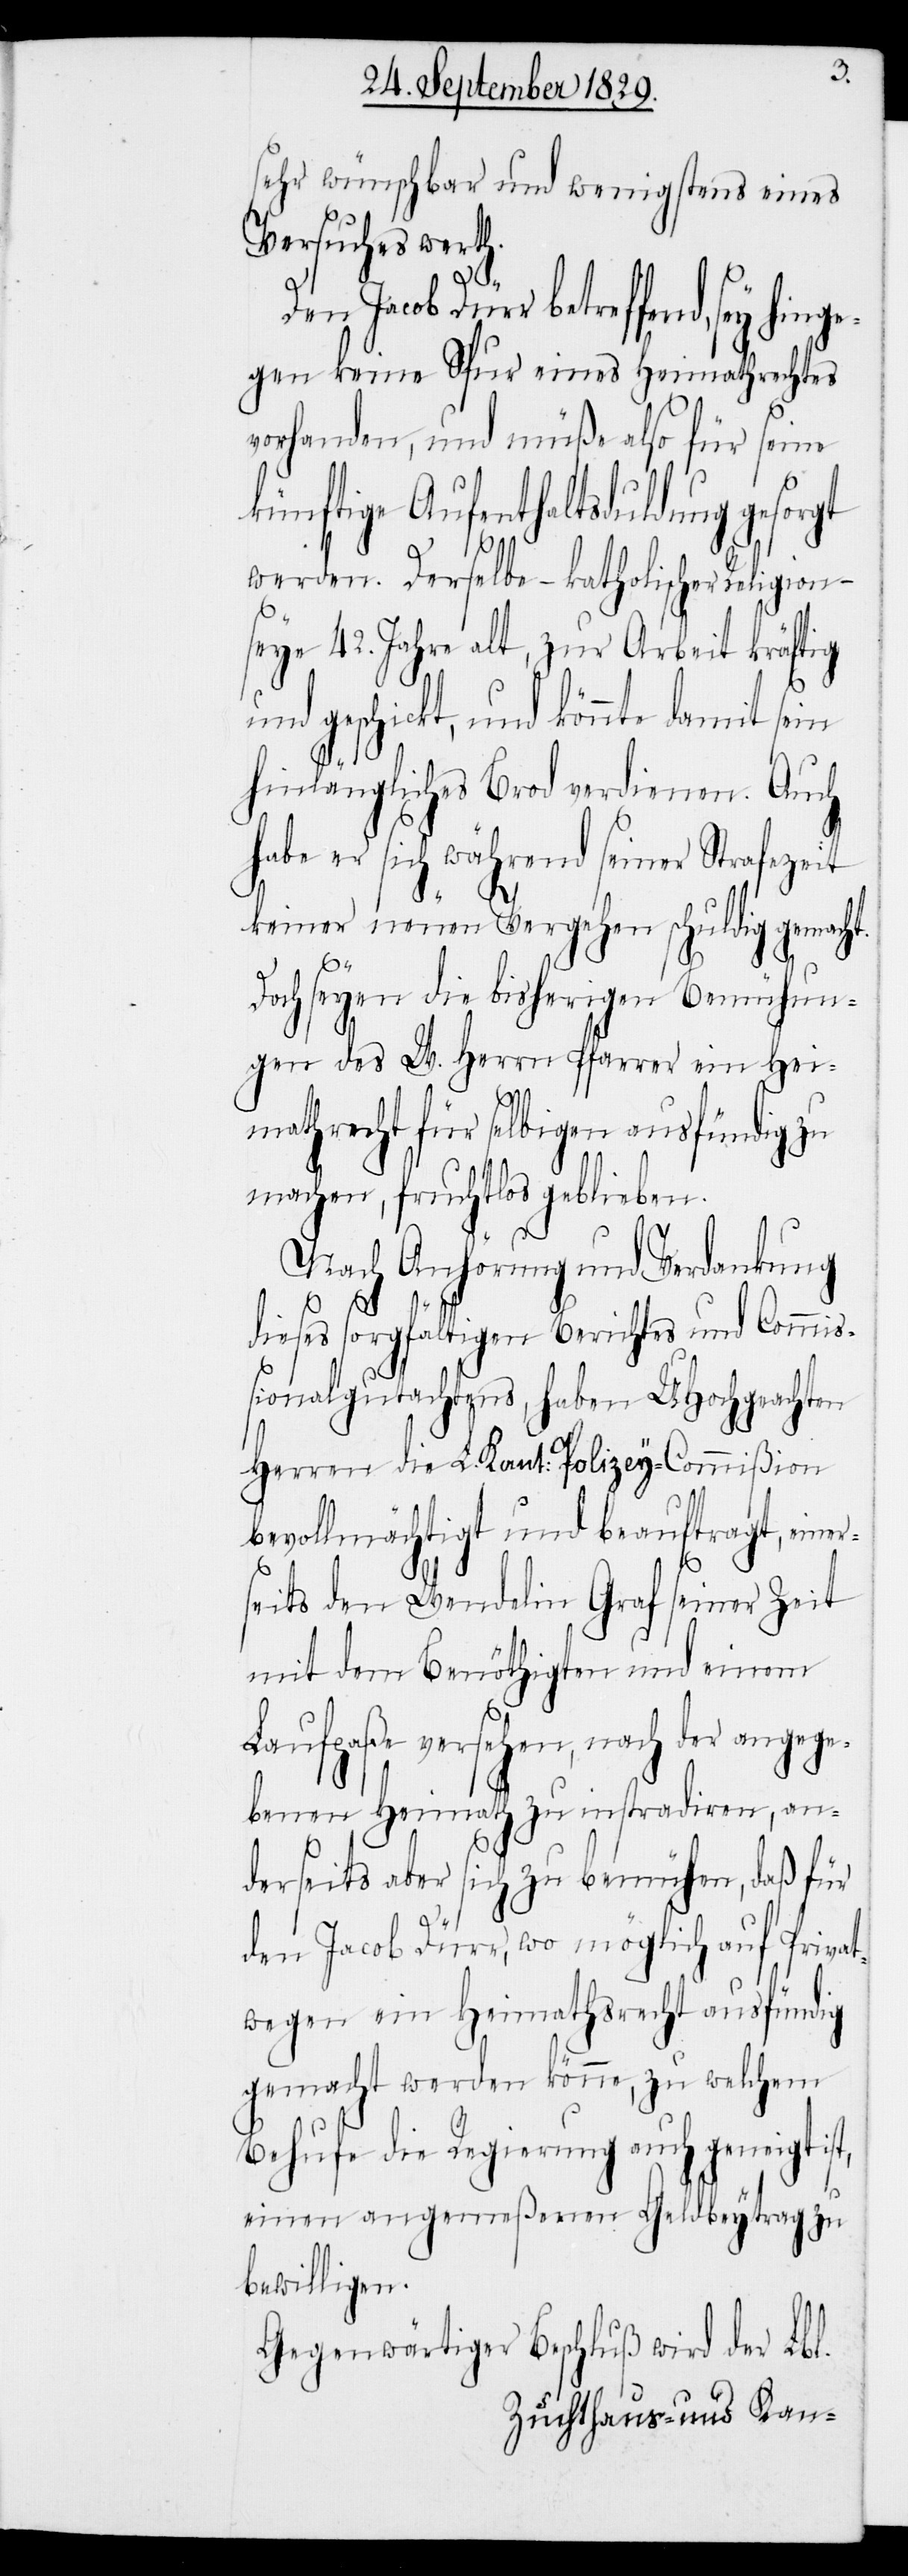
sehr wünschbar und wenigstens eines
Versuches werth.
Dürr betreffend, sey hinge¬
gen keine Spur eines Heimathrechtes
vorhanden, und müße also für seine
künftige Aufenthaltsduldung gesorgt
werden. Derselbe – katholischer Religion
seye 42. Jahre alt, zur Arbeit kräftig
geschickt, und könnte damit sein
hinlängliches Brod verdienen. Auch
habe er sich während seiner Strafzeit
keiner neuen Vergehen schuldig gemacht.
r¬
Doch seyen die bisherigen Bemühun¬
gen des W. Herrn Pfarrer ein Hei¬
mathrecht für selbigen ausfündig zu
machen, fruchtlos geblieben.
Nach Anhörung und Verdankung
dieses sorgfältigen Berichtes und Commiß¬
ionalgutachtens, haben UHochgeachten
Herren die L. Kant: Polizey-Commißion
bevollmächtigt und beauftragt, eine¬
seits den Wendelin Graf seiner Zeit
mit dem Benöthigten und einem
Laufpaße versehen, nach der angege¬
benen Heimath zu instradiren, an¬
derseits aber sich zu bemühen, daß für
den Jacob Dürr, wo möglich auf Privat¬
wegen ein Heimathsrecht ausfündig
gemacht werden könne, zu welchem
Behufe die Regierung auch geneigt ist,
einen angemeßenen Geldbeytrag zu
bewilligen.
Gegenwärtiger Beschluß wird der